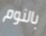
بالنوم